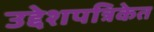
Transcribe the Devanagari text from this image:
उद्देशपत्रिकेत